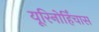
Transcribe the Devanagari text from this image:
यूरिनोर्हिंचास